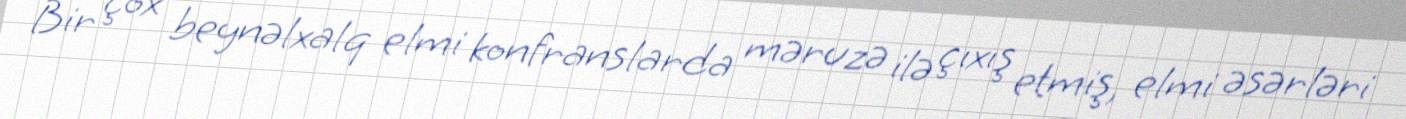
Bir çox beynəlxalq elmi konfranslarda məruzə ilə çıxış etmiş, elmi əsərləri